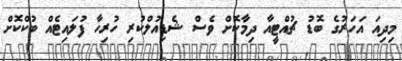
މިދިއަ އަހަރުގެ ބޮޑު ޗުއްޓީއާ ދިމާކޮށް ވެސް ޝެޑިއުލްކުރި ހުރިހާ ފުލައިޓެއް ބުކްކޮށް